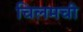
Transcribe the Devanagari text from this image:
चिलमची